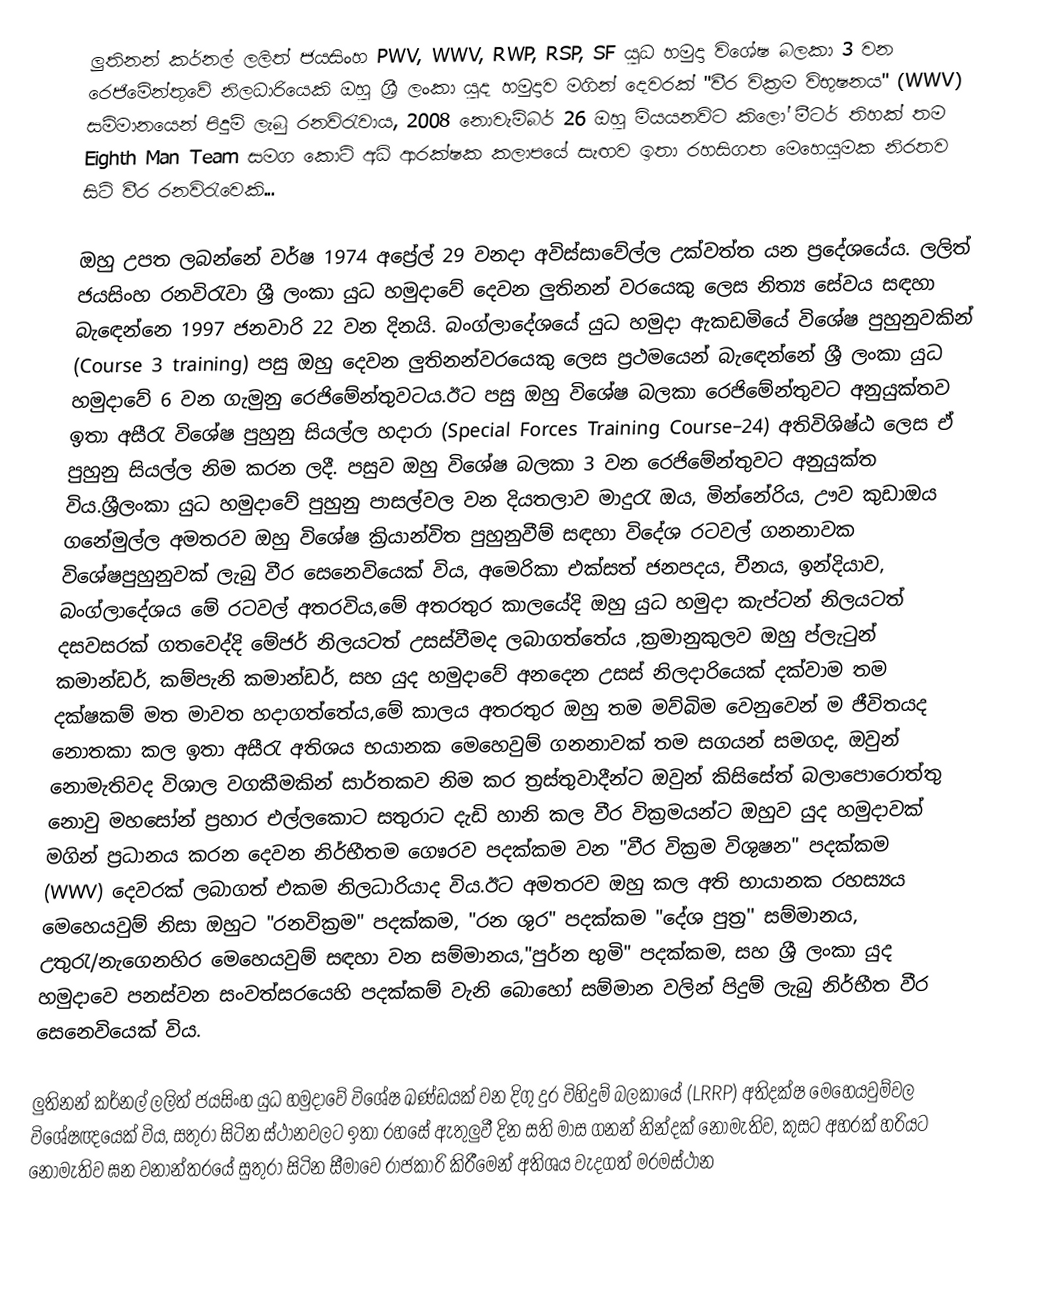
ලුතිනන් කර්නල් ලලිත් ජයසිංහ PWV, WWV, RWP, RSP, SF යුධ හමුදා විශේෂ බලකා 3 වන රෙජිමේන්තුවේ නිලධාරියෙකි ඔහු ශ්‍රී ලංකා යුද හමුදාව මගින් දෙවරක් "වීර වික්‍රම විභුෂනය" (WWV) සම්මානයෙන් පිදුම් ලැබු රනවිරැවාය, 2008 නොවැම්බර් 26 ඔහු මියයනවිට කිලෝ මීටර් තිහක් තම Eighth Man Team සමග කොටි අධි ආරක්ෂක කලාපයේ සැඟව ඉතා රහසිගත මෙහෙයුමක නිරතව සිටි වීර රනවිරැවෙකි...

ඔහු උපත ලබන්නේ වර්ෂ 1974 අප්‍රේල් 29 වනදා අවිස්සාවේල්ල උක්වත්ත යන ප්‍රදේශයේය. ලලිත් ජයසිංහ රනවිරැවා ශ්‍රී ලංකා යුධ හමුදාවේ දෙවන ලුතිනන් වරයෙකු ලෙස නිත්‍ය සේවය සඳහා බැඳෙන්නෙ 1997 ජනවාරි 22 වන දිනයි. බංග්ලාදේශයේ යුධ හමුදා ඇකඩමියේ විශේෂ පුහුනුවකින් (Course 3 training) පසු ඔහු දෙවන ලුතිනන්වරයෙකු ලෙස ප්‍රථමයෙන් බැඳෙන්නේ ශ්‍රී ලංකා යුධ හමුදාවේ 6 වන ගැමුනු රෙජිමේන්තුවටය.ඊට පසු ඔහු විශේෂ බලකා රෙජිමේන්තුවට අනුයුක්තව ඉතා අසීරැ විශේෂ පුහුනු සියල්ල හදාරා (Special Forces Training Course–24) අතිවිශිෂ්ඨ ලෙස ඒ පුහුනු සියල්ල නිම කරන ලදී. පසුව ඔහු විශේෂ බලකා 3 වන රෙජිමේන්තුවට අනුයුක්ත විය.ශ්‍රීලංකා යුධ හමුදාවේ පුහුනු පාසල්වල වන දියතලාව මාදුරැ ඔය, මින්නේරිය, ඌව කුඩාඔය ගනේමුල්ල අමතරව ඔහු විශේෂ ක්‍රියාන්විත පුහුනුවීම් සඳහා විදේශ රටවල් ගනනාවක විශේෂපුහුනුවක් ලැබු වීර සෙනෙවියෙක් විය, අමෙරිකා එක්සත් ජනපදය, චීනය, ඉන්දියාව, බංග්ලාදේශය මේ රටවල් අතරවිය,මේ අතරතුර කාලයේදි ඔහු යුධ හමුදා කැප්ටන් නිලයටත් දසවසරක් ගතවෙද්දි මේජර් නිලයටත් උසස්වීමද ලබාගත්තේය ,ක්‍රමානුකුලව ඔහු ප්ලැටුන් කමාන්ඩර්, කම්පැනි කමාන්ඩර්, සහ යුද හමුදාවේ අනදෙන උසස් නිලදාරියෙක් දක්වාම තම දක්ෂකම් මත මාවත හදාගත්තේය,මේ කාලය අතරතුර ඔහු තම මව්බිම වෙනුවෙන් ම ජීවිතයද නොතකා කල ඉතා අසීරැ අතිශය භයානක මෙහෙවුම් ගනනාවක් තම සගයන් සමගද, ඔවුන් නොමැතිවද විශාල වගකීමකින් සාර්තකව නිම කර ත්‍රස්තුවාදීන්ට ඔවුන් කිසිසේත් බලාපොරොත්තු නොවු මහසෝන් ප්‍රහාර එල්ලකොට සතුරාට දැඩි හානි කල වීර වික්‍රමයන්ට ඔහුව යුද හමුදාවක් මගින් ප්‍රධානය කරන දෙවන නිර්භීතම ගෙෳරව පදක්කම වන "වීර වික්‍රම විශුෂන" පදක්කම (WWV) දෙවරක් ලබාගත් එකම නිලධාරියාද විය.ඊට අමතරව ඔහු කල අති භායානක රහස්‍යය මෙහෙයවුම් නිසා ඔහුට "රනවික්‍රම" පදක්කම, "රන ශුර" පදක්කම "දේශ පුත්‍ර'' සම්මානය, උතුරැ/නැගෙනහිර මෙහෙයවුම් සඳහා වන සම්මානය,"පුර්න භුමි" පදක්කම, සහ ශ්‍රී ලංකා යුද හමුදාවෙ පනස්වන සංවත්සරයෙහි පදක්කම් වැනි බොහෝ සම්මාන වලින් පිදුම් ලැබු නිර්භීත වීර සෙනෙවියෙක් විය.

ලුතිනන් කර්නල් ලලිත් ජයසිංහ යුධ හමුදාවේ විශේෂ ඛණ්ඩයක් වන දිගු දුර විහිදුම් බලකායේ (LRRP) අතිදක්ෂ මෙහෙයවුම්වල විශේෂඥයෙක් විය, සතුරා සිටින ස්ථානවලට ඉතා රහසේ ඇතුලුවී දින සති මාස ගනන් නින්දක් නොමැතිව, කුසට අහරක් හරියට නොමැතිව ඝන වනාන්තරයේ සුතුරා සිටින සීමාවෙ රාජකාරි කිරීමෙන් අතිශය වැදගත් මරමස්ථාන